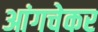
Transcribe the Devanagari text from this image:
आंगचेकर